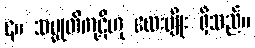
၄။ သမ္မုတိကုဋိဟု လေးမျိုး ရှိသည်။